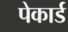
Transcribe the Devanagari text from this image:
पेकार्ड